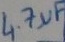
Text: 4.7µF